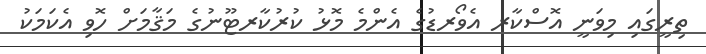
ތިރީގައި މިވަނީ އޮސްކާރ އެވޯރޑުގެ އެންމެ މޮޅު ކުރުކާރޓޫނުގެ މަޤާމަށް ހޮވި އެކަމަކު